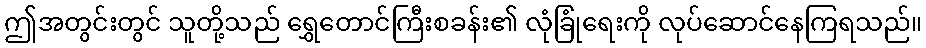
ဤအတွင်းတွင် သူတို့သည် ရွှေတောင်ကြီးစခန်း၏ လုံခြုံရေးကို လုပ်ဆောင်နေကြရသည်။